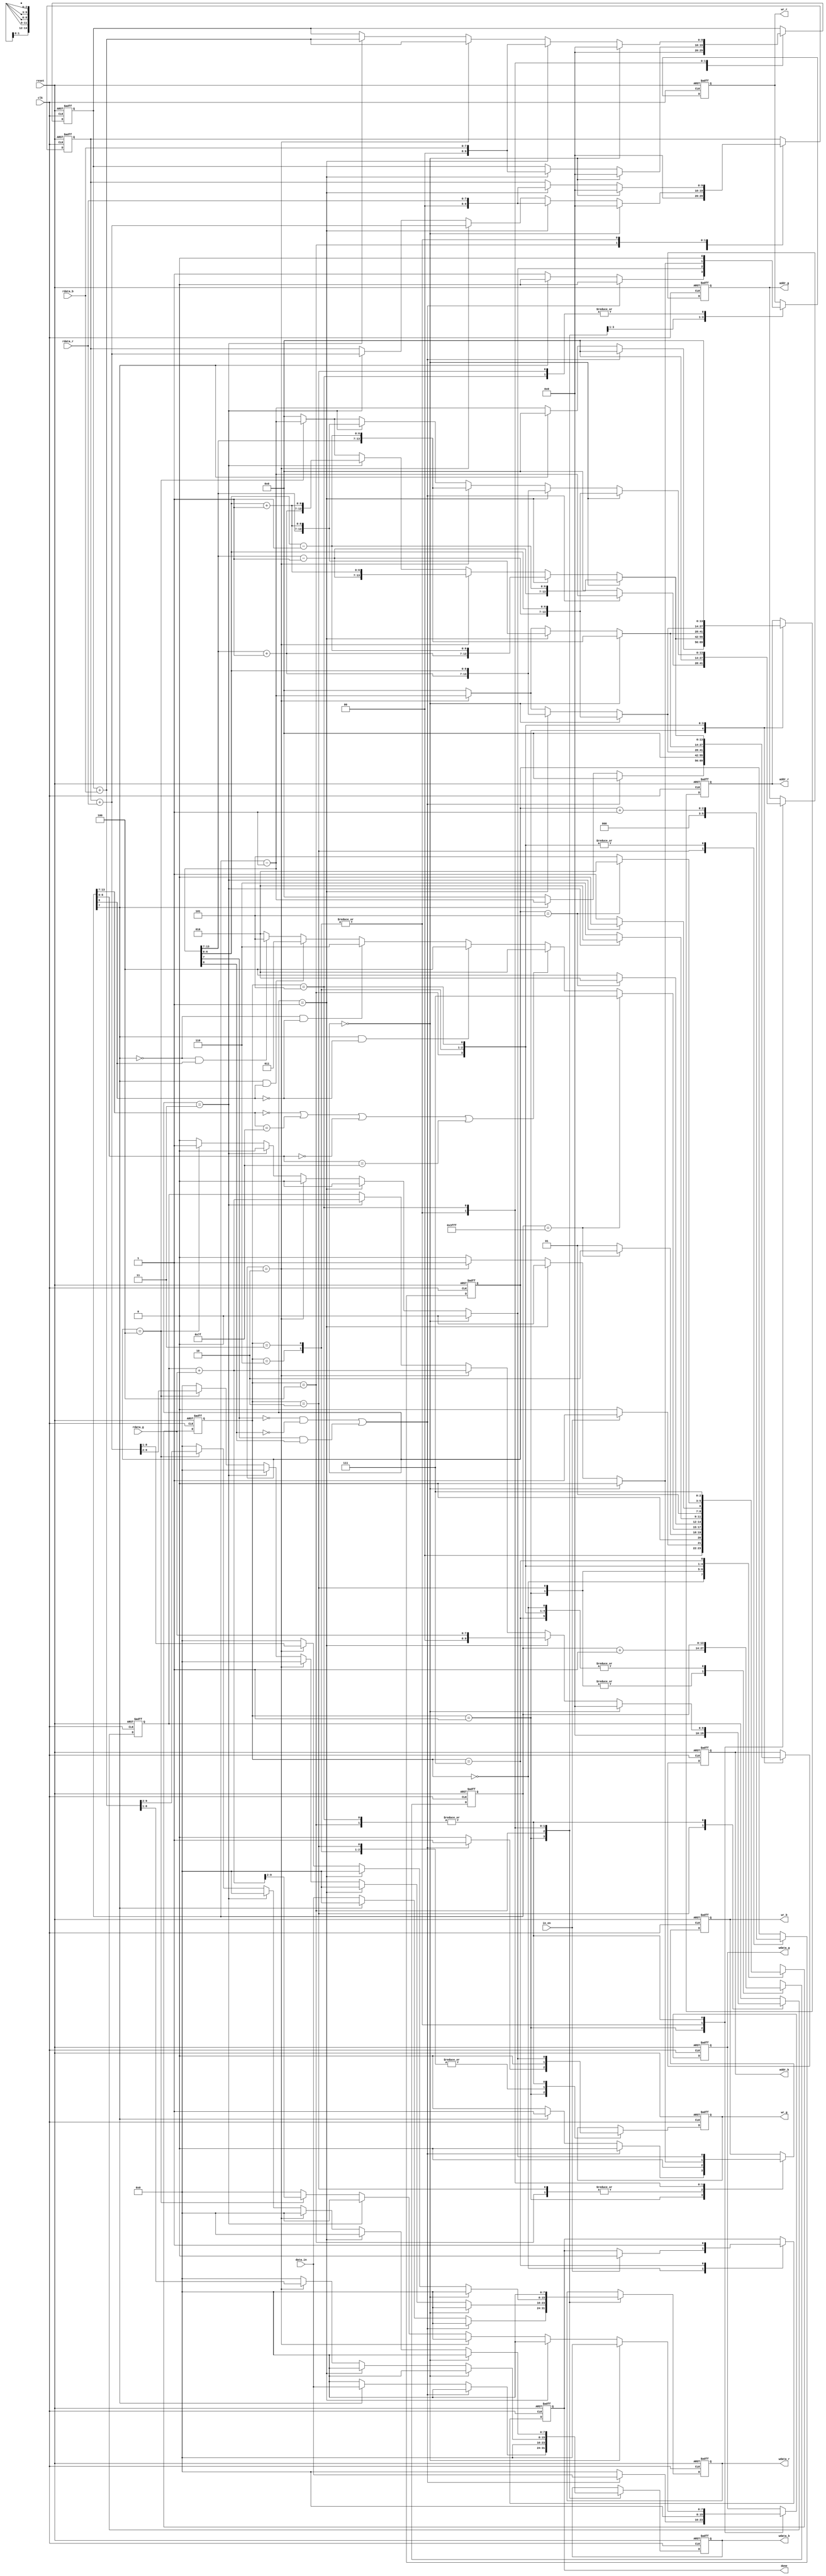
module demosaic(clk, reset, in_en, data_in, wr_r, addr_r, wdata_r, rdata_r, wr_g, addr_g, wdata_g, rdata_g, wr_b, addr_b, wdata_b, rdata_b, done);
input clk;
input reset;
input in_en;
input [7:0] data_in;
output reg wr_r;
output reg [13:0] addr_r;
output reg [7:0] wdata_r;
input [7:0] rdata_r;
output reg wr_g;
output reg [13:0] addr_g;
output reg [7:0] wdata_g;
input [7:0] rdata_g;
output reg wr_b;
output reg [13:0] addr_b;
output reg [7:0] wdata_b;
input [7:0] rdata_b;
output reg done;

//state param
localparam INIT = 0;
localparam READ_DATA = 1;
localparam Bilinear = 2;
localparam type_a = 3;
localparam type_b = 4;
localparam type_c = 5;
localparam type_d = 6;
localparam FINISH = 7;

//regs
reg [2:0] state, nextState;
reg [13:0] center; // Coordinate (row, column) = (center[13:7], center[6:0])
reg [2:0] counter; 
reg [9:0] r_Sum, g_Sum, b_Sum; // {add_integer(10bits)}

//wire constants
wire [6:0] x_add1,x_minus1,y_add1,y_minus1;
wire [13:0] center_delay;
assign center_delay = center - 14'd1;
assign x_add1 = center_delay[13:7] + 7'd1;
assign x_minus1 = center_delay[13:7] - 7'd1;
assign y_add1 = center_delay[6:0] + 7'd1 ;
assign y_minus1 = center_delay[6:0] - 7'd1;

//state ctrl
always @(posedge clk or posedge reset) begin
	if(reset) state <= INIT;
	else state <= nextState;
end

//next state logic
always @(*) begin
	case (state)
		INIT: nextState = (in_en)? READ_DATA : INIT;
		READ_DATA: nextState = (center == 14'd16383)? Bilinear : READ_DATA;
		Bilinear:begin
			if ( center==14'd16383 ) begin 
				nextState = FINISH;
			end
			else if ( center[13:7]==7'd0 || center[13:7]==7'd127 || center[6:0]==7'd0 || center[6:0]==7'd127 ) begin 
				nextState = Bilinear;
			end
			else if ( center[7]==1'd1 && center[0]==1'd0 ) begin 
				nextState = type_b;
			end
			else if ( center[7]==1'd0 && center[0]==1'd0 ) begin 
				nextState = type_d;
			end
			else if ( center[7]==1'd1 && center[0]==1'd1 ) begin 
				nextState = type_a;
			end
			else if ( center[7]==1'd0 && center[0]==1'd1 ) begin 
				nextState = type_c;
			end
			else begin
				nextState = Bilinear;
			end
		end
		type_b: nextState = (counter == 3'd5)? Bilinear : type_b;
		type_d: nextState = (counter == 3'd3)? Bilinear : type_d;
		type_a: nextState = (counter == 3'd3)? Bilinear : type_a;
		type_c: nextState = (counter == 3'd5)? Bilinear : type_c;
		FINISH: nextState = FINISH;
		default: nextState = INIT;
	endcase
end

//main sequential circuit
always @(posedge clk or posedge reset) begin
	if (reset) begin
		done <= 1'd0;
		wr_r <= 1'd0;
		wr_g <= 1'd0;
		wr_b <= 1'd0;
		addr_r <= 14'd0;
		addr_g <= 14'd0;
		addr_b <= 14'd0;
		wdata_r <= 8'd0;
		wdata_g <= 8'd0;
		wdata_b <= 8'd0;

		center <= {7'd0 , 7'd0};
		counter <= 3'd0;
		r_Sum <= 9'd0; 
		g_Sum <= 9'd0; 
		b_Sum <= 9'd0; 
	end
	else begin
		case (state)
			INIT:begin
				if (in_en) begin
					done <= 1'd0;
				end
			end
			READ_DATA:begin
				wr_r <= 1'd0;
				wr_g <= 1'd0;
				wr_b <= 1'd0;
				addr_r <= 14'd0;
				addr_g <= 14'd0;
				addr_b <= 14'd0;
				wdata_r <= 8'd0;
				wdata_g <= 8'd0;
				wdata_b <= 8'd0;

				if ( (center_delay[7]==1'd0 && center_delay[0]==1'd0) || (center_delay[7]==1'd1 && center_delay[0]==1'd1) ) begin
					wr_g <= 1'd1;
					addr_g <= center_delay;
					wdata_g <= data_in;
				end
				else if ( center[7]==1'd1 ) begin
					wr_b <= 1'd1;
					addr_b <= center_delay;
					wdata_b <= data_in;
				end
				else begin
					wr_r <= 1'd1;
					addr_r <= center_delay;
					wdata_r <= data_in;
				end

				center <= center + 14'd1;
			end
			Bilinear: begin
				wr_r <= 1'd0;
				wr_g <= 1'd0;
				wr_b <= 1'd0;

				counter <= 3'd0;
				center = center + 14'd1;

				r_Sum <= 10'd0;
				g_Sum <= 10'd0;
				b_Sum <= 10'd0;
			end
			type_b: begin
				wr_r <= 1'd0;
				wr_g <= 1'd0;
				wr_b <= 1'd0;
				addr_r <= 14'd0;
				addr_g <= 14'd0;
				addr_b <= 14'd0;
				wdata_r <= 8'd0;
				wdata_g <= 8'd0;
				wdata_b <= 8'd0;

				if ( counter==3'd0 ) begin
					r_Sum <= 1'd0;
					g_Sum <= 1'd0;

					addr_r <= {x_minus1, y_minus1};
					addr_g <= {x_minus1, center_delay[6:0]};
				end
				else if ( counter==3'd1 ) begin
					r_Sum <= rdata_r;
					g_Sum <= rdata_g;

					addr_r <= {x_add1, y_minus1};
					addr_g <= {x_add1, center_delay[6:0]};
				end
				else if ( counter==3'd2 ) begin
					r_Sum <= r_Sum + rdata_r;
					g_Sum <= g_Sum + rdata_g;

					addr_r <= {x_minus1, y_add1};
					addr_g <= {center_delay[13:7], y_minus1};
				end
				else if ( counter==3'd3 ) begin
					r_Sum <= r_Sum + rdata_r;
					g_Sum <= g_Sum + rdata_g;

					addr_r <= {x_add1, y_add1};
					addr_g <= {center_delay[13:7], y_add1};
				end
				else if ( counter==3'd4 ) begin
					wr_r <= 1'd1;
					addr_r <= center_delay;
					wdata_r <= (r_Sum + rdata_r)>>2;
					wr_g <= 1'd1;
					addr_g <= center_delay;
					wdata_g <= (g_Sum + rdata_g)>>2;
				end

				counter <= counter + 3'd1;
			end
			type_d: begin
				wr_r <= 1'd0;
				wr_g <= 1'd0;
				wr_b <= 1'd0;
				addr_r <= 14'd0;
				addr_g <= 14'd0;
				addr_b <= 14'd0;
				wdata_r <= 8'd0;
				wdata_g <= 8'd0;
				wdata_b <= 8'd0;

				if ( counter==3'd0 ) begin
					r_Sum <= 1'd0;
					b_Sum <= 1'd0;

					addr_r <= {center_delay[13:7], y_minus1};
					addr_b <= {x_minus1, center_delay[6:0]};
				end
				else if ( counter==3'd1 ) begin
					r_Sum <= rdata_r;
					b_Sum <= rdata_b;

					addr_r <= {center_delay[13:7], y_add1};
					addr_b <= {x_add1, center_delay[6:0]};
				end
				else if ( counter==3'd2 ) begin
					wr_r <= 1'd1;
					addr_r <= center_delay;
					wdata_r <= (r_Sum + rdata_r)>>1;
					wr_b <= 1'd1;
					addr_b <= center_delay;
					wdata_b <= (b_Sum + rdata_b)>>1;
				end

				counter <= counter + 3'd1;
			end
			type_a: begin
				wr_r <= 1'd0;
				wr_g <= 1'd0;
				wr_b <= 1'd0;
				addr_r <= 14'd0;
				addr_g <= 14'd0;
				addr_b <= 14'd0;
				wdata_r <= 8'd0;
				wdata_g <= 8'd0;
				wdata_b <= 8'd0;

				if ( counter==3'd0 ) begin
					r_Sum <= 1'd0;
					b_Sum <= 1'd0;

					addr_r <= {x_minus1, center_delay[6:0]};
					addr_b <= {center_delay[13:7], y_minus1};
				end
				else if ( counter==3'd1 ) begin
					r_Sum <= rdata_r;
					b_Sum <= rdata_b;

					addr_r <= {x_add1, center_delay[6:0]};
					addr_b <= {center_delay[13:7], y_add1};
				end
				else if ( counter==3'd2 ) begin
					wr_r <= 1'd1;
					addr_r <= center_delay;
					wdata_r <= (r_Sum + rdata_r)>>1;
					wr_b <= 1'd1;
					addr_b <= center_delay;
					wdata_b <= (b_Sum + rdata_b)>>1;
				end

				counter <= counter + 3'd1;
			end
			type_c: begin
				wr_r <= 1'd0;
				wr_g <= 1'd0;
				wr_b <= 1'd0;
				addr_r <= 14'd0;
				addr_g <= 14'd0;
				addr_b <= 14'd0;
				wdata_r <= 8'd0;
				wdata_g <= 8'd0;
				wdata_b <= 8'd0;

				if ( counter==3'd0 ) begin
					g_Sum <= 1'd0;
					b_Sum <= 1'd0;

					addr_g <= {x_minus1, center_delay[6:0]};
					addr_b <= {x_minus1, y_minus1};
				end
				else if ( counter==3'd1 ) begin
					g_Sum <= rdata_g;
					b_Sum <= rdata_b;

					addr_g <= {x_add1, center_delay[6:0]};
					addr_b <= {x_add1, y_minus1};
				end
				else if ( counter==3'd2 ) begin
					g_Sum <= g_Sum + rdata_g;
					b_Sum <= b_Sum + rdata_b;

					addr_g <= {center_delay[13:7], y_minus1};
					addr_b <= {x_minus1, y_add1};
				end
				else if ( counter==3'd3 ) begin
					g_Sum <= g_Sum + rdata_g;
					b_Sum <= b_Sum + rdata_b;

					addr_g <= {center_delay[13:7], y_add1};
					addr_b <= {x_add1, y_add1};
				end
				else if ( counter==3'd4 ) begin
					wr_g <= 1'd1;
					addr_g <= center_delay;
					wdata_g <= (g_Sum + rdata_g)>>2;
					wr_b <= 1'd1;
					addr_b <= center_delay;
					wdata_b <= (b_Sum + rdata_b)>>2;
				end

				counter <= counter + 3'd1;
			end
			FINISH: begin
				done <= 1'd1;
			end
		endcase
	end
end

endmodule